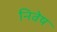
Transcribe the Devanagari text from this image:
निवेष